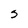
Character: s